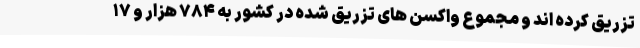
تزریق کرده اند و مجموع واکسن های تزریق شده در کشور به ۷۸۴ هزار و ۱۷